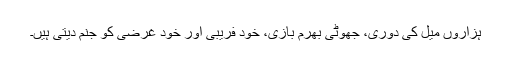
ہزاروں میل کی دوری، جھوٹی بھرم بازی، خود فریبی اور خود غرضی کو جنم دیتی ہیں۔